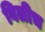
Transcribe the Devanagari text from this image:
विलीच